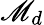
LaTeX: \mathscr{M}_{d}